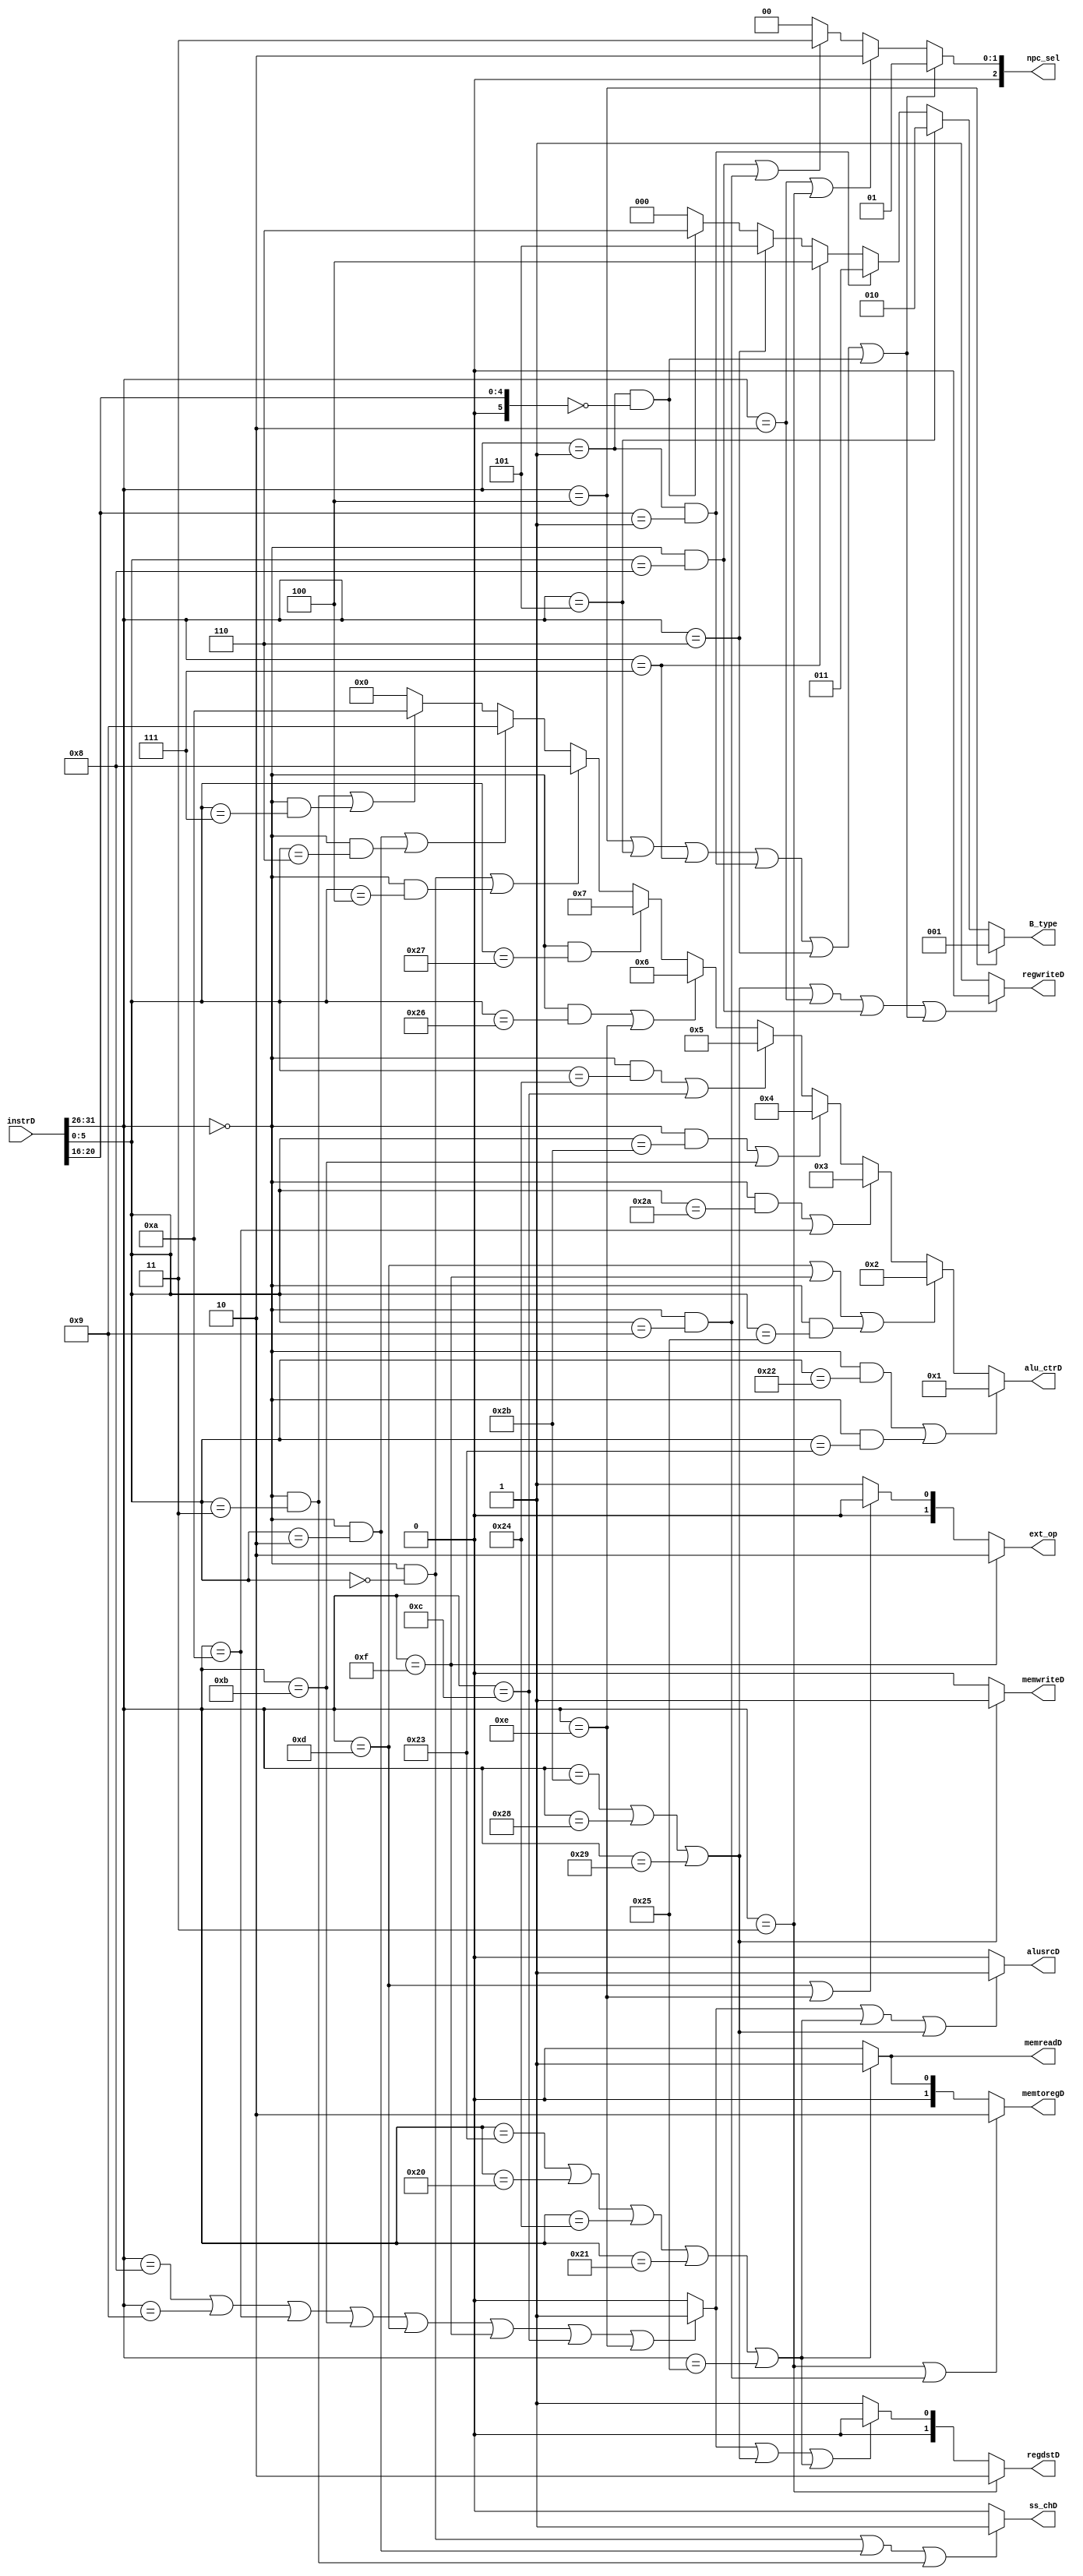
`timescale 1ns / 1ps
//////////////////////////////////////////////////////////////////////////////////
// Company: 
// Engineer: 
// 
// Design Name: 
// Module Name:    Control 
// Project Name: 
// Target Devices: 
// Tool versions: 
// Description: 
//
// Dependencies: 
//
// Revision: 
// Revision 0.01 - File Created
// Additional Comments: 
//
//////////////////////////////////////////////////////////////////////////////////
module Control(instrD,regwriteD,memtoregD,memwriteD,memreadD,alu_ctrD,alusrcD,regdstD,npc_sel,ext_op,B_type,ss_chD
    );

	input [31:0] instrD;
	
	output memwriteD,memreadD,regwriteD,alusrcD,ss_chD;
	output [1:0] memtoregD,regdstD,ext_op;
	output [2:0] npc_sel;
	output [3:0] alu_ctrD;
	output [2:0] B_type;
	
	wire [5:0] Op,code,Func;;
	
	assign Op=instrD[31:26];
	assign code=instrD[20:16];
	assign Func=instrD[5:0];
	
	wire slt	 = (Op == 6'h00) & (Func == 6'h2a);
	wire slti = (Op == 6'h0a);                    // slti
   wire sltu = (Op == 6'h00) & (Func == 6'h2b); // sltu
   wire sltiu= (Op == 6'h0b);                    // sltiu
	
	wire add  = (Op == 6'h00) & (Func == 6'h20); // add 
   wire addu = (Op == 6'h00) & (Func == 6'h21); // addu
   wire sub  = (Op == 6'h00) & (Func == 6'h22); // sub
   wire subu = (Op == 6'h00) & (Func == 6'h23); // subu
   wire o_r  = (Op == 6'h00) & (Func == 6'h25); // or 

   wire an_d = (Op == 6'h00) & (Func == 6'h24); // and
   wire xo_r = (Op == 6'h00) & (Func == 6'h26); // xor
   wire no_r = (Op == 6'h00) & (Func == 6'h27); // nor
	
   wire sll  = (Op == 6'h00) & (Func == 6'h00); // sll
   wire sllv = (Op == 6'h00) & (Func == 6'h04); // sllv
   wire sra  = (Op == 6'h00) & (Func == 6'h03); // sra
   wire srav = (Op == 6'h00) & (Func == 6'h07); // srav
   wire srl  = (Op == 6'h00) & (Func == 6'h02); // srl
   wire srlv = (Op == 6'h00) & (Func == 6'h06); // srlv
	
	wire xori = (Op == 6'h0e);                    // xori
   wire andi = (Op == 6'h0c);                    // andi
   wire addi = (Op == 6'h08);                    // addi
   wire addiu= (Op == 6'h09);                    // addiu

   wire ori  = (Op == 6'h0d);                    // ori
   wire lui  = (Op == 6'h0f);                    // lui
	
	wire lw   = (Op == 6'h23);                    // lw
   wire lb   = (Op == 6'h20);                    // lb
   wire lbu  = (Op == 6'h24);                    // lbu
   wire lh   = (Op == 6'h21);                    // lh
   wire lhu  = (Op == 6'h25);                    // lhu
    
   wire sw   = (Op == 6'h2b);                    // sw
   wire sb   = (Op == 6'h28);                    // sb
   wire sh   = (Op == 6'h29);                    // sh
	
	wire beq	 = (Op == 6'h04);
	wire bne	 = (Op == 6'h05);
	wire bgez = (Op == 6'h01) & (code == 5'h01)    ;// bgez
   wire bgtz = (Op == 6'h07);                    // bgtz
	wire blez = (Op == 6'h06);
   wire bltz = (Op == 6'h01) & (code == 5'h00);                    
	
	wire j    = (Op == 6'h02);                    // j
   wire jal  = (Op == 6'h03);                    // jal
   wire jalr = (Op == 6'h00) & (Func == 6'h09); // jalr
   wire jr   = (Op == 6'h00) & (Func == 6'h08); // jr

	
	parameter       R  =  3'b000,           // R_type
                   B  =  3'b001,           // B_type
                   J  =  3'b010,           // J_type
                   MA =  3'b011;           // lw/sw_type
    
   wire  [2:0]     op  = (add || addu || sub || subu || addi || addiu || slt || slti || 
                         sltu || sltiu || o_r || ori || an_d || andi || lui || xo_r || 
                         xori || no_r || sll || sllv || srl || srlv || sra || srav )                    ? R    :
                         (beq || bne || bgtz || bgez || blez || bltz )                                  ? B    :
                         (j || jal || jr || jalr )                                                      ? J    :
                         (sw || sb || sh || lw || lb || lbu || lh || lhu )                              ? MA   :
                                                                                                           3'bx ;
    // judge u or i
   wire  i   = (addi || addiu || slti || sltiu || ori || lui || andi || xori )       ? 1'b1 :
                                                                                       1'b0 ;
	
				/*(addu || subu || slt || sltu || add || sub || an_d || o_r || xo_r || 
               no_r || sll || sllv || srl || srlv || sra || srav)     					 ?   0 :
               (addi || addiu || slti || sltiu || ori || lui || andi || xori )       ?   1 :
                                                                                       1'b0;*/
   wire  b	 = (beq || bne || bgtz || bgez || blez || bltz );                                                            
   wire  s   = (sw || sb || sh ) ;               
   wire  l   = (lw || lb || lbu || lh || lhu ) ;
	 

	assign regdstD=
						jal?2'b10:
						(i||s||l)?2'b00:
						2'b01;
						
	assign alusrcD=
						(i||l||s)		?1'b1:
											 1'b0;
						
	assign memtoregD=
						(jal||jalr)?2'b10:
						l?2'b01:
						2'b00;
						
	assign regwriteD=
						(s||j||jr||b)?1'b0:1'b1;

						
	assign npc_sel	=
								b									?   3'b001:
								(j  || jal )               ?   3'b010:
								(jr || jalr)               ?   3'b011:
																		 3'b000;
																						
	assign B_type	=	beq?3'b001:
							bne?3'b010:
							bgez?3'b011:
							bgtz?3'b100:
							blez?3'b101:
							bltz?3'b110:
							3'b000;
							
	assign memwriteD=
							s?1'b1:1'b0;
							
	assign memreadD=
							l?1'b1:1'b0;
							
	assign ext_op=
						lui?2'b10:
						(ori || xori)?2'b00:
						2'b01;
						
	assign alu_ctrD=
						(sub||subu)		?	4'b0001:
						(ori||lui||o_r)?	4'b0010:
						(slt || slti)	?	4'b0011:
						(sltu||sltiu)	?	4'b0100:
						(an_d || andi)	?	4'b0101:
						(xo_r || xori)	?	4'b0110:
						(no_r			)	?	4'b0111:
						(sll || sllv)	?	4'b1000:
						(srl || srlv)	?	4'b1001:
						(sra || srav)	?	4'b1010:
						4'b0000;
	assign ss_chD=
						(sll||srl||sra)?	1'b1:
												1'b0;
	
endmodule